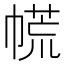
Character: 㡛